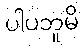
ပါပဘူမိ